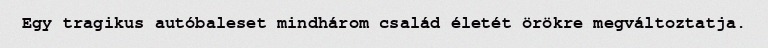
Egy tragikus autóbaleset mindhárom család életét örökre megváltoztatja.